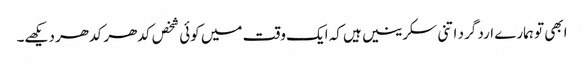
ابھی تو ہمارے ارد گرد اتنی سکرینیں ہیں کہ ایک وقت میں کوئی شخص کدھر کدھر دیکھے۔